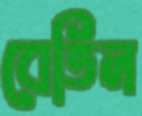
বেতিল